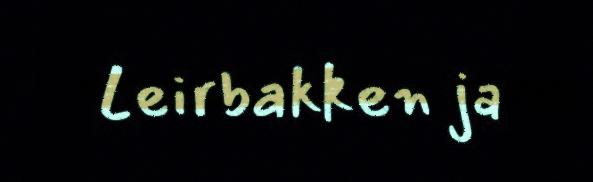
Leirbakken ja